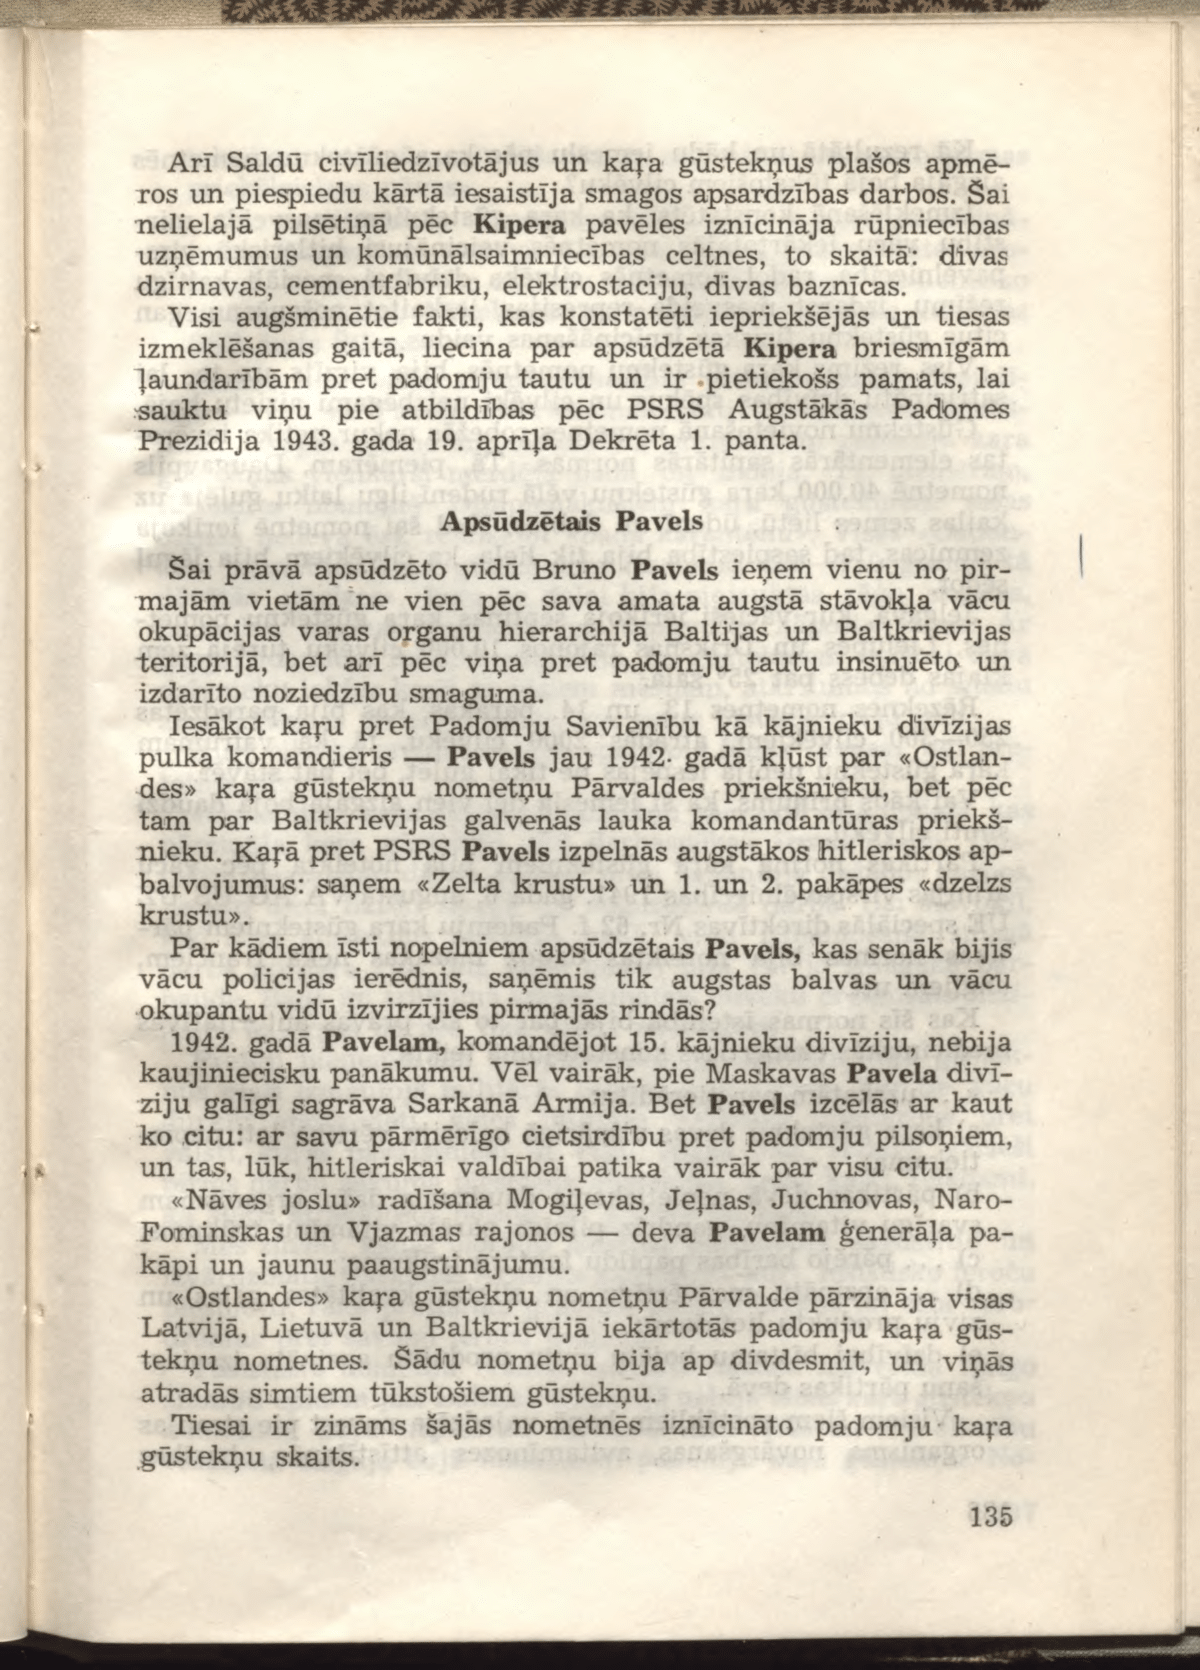
Language: lv